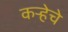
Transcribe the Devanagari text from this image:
कर्‍हेचे